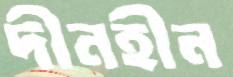
দীনহীন